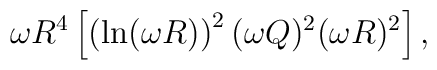
\omega R^4 \left[ \left( \ln(\omega R) \right )^2 (\omega Q)^2 (\omega  R)^2 \right ],